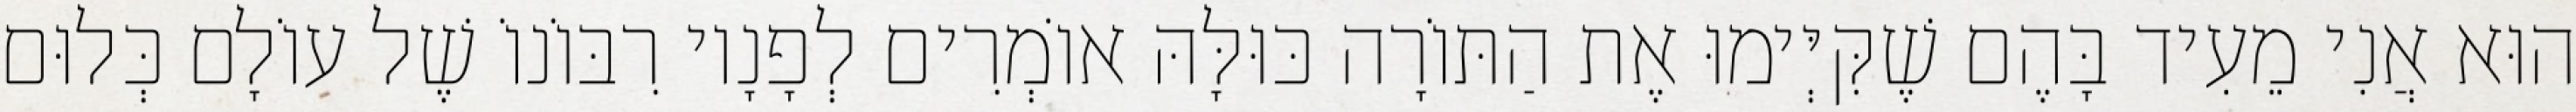
הוּא אֲנִי מֵעִיד בָּהֶם שֶׁקִּיְּימוּ אֶת הַתּוֹרָה כּוּלָּהּ אוֹמְרִים לְפָנָיו רִבּוֹנוֹ שֶׁל עוֹלָם כְּלוּם